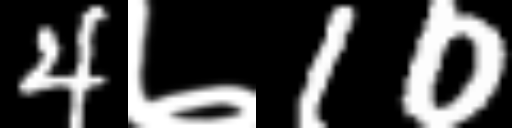
Text: 4७10